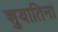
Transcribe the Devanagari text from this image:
शुयातिना